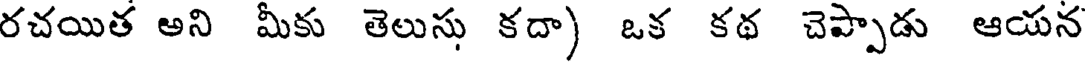
రచయిత అని మీకు తెలుసు కదా) ఒక కథ చెప్పాడు ఆయన